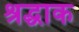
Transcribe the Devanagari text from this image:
श्रद्धाक